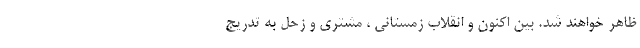
ظاهر خواهند شد. بین اکنون و انقلاب زمستانی ، مشتری و زحل به تدریج